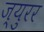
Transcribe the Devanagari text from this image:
ज्युरर